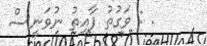
. : ވަގުތު ފާއިތު ނުވަނީސް